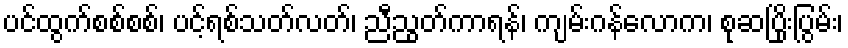
ပင်ထွက်စစ်စစ်၊ ပင့်ရစ်သတ်လတ်၊ ညီညွတ်ကာရန်၊ ကျမ်းဂန်လောက၊ စုဆပြိုးပြွမ်း၊